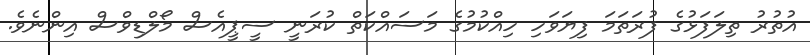
އުތުރު ތިލަފަޅުގެ ފުރަތަމަ ފިޔަވަހި ހިއްކުމުގެ މަސައްކަތް ކުރަނީ ސީޕީއެސް މޯލްޑިވްސް އިންނެވެ.